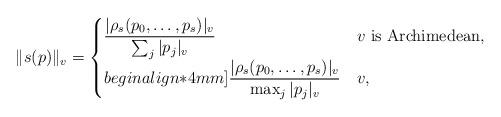
LaTeX: \begin{align*} \|s(p)\|_{v}=\begin{cases}\displaystyle{\frac{|\rho_{s}(p_{0},\dots, p_{s})|_{v}}{\sum_{j}|p_{j}|_{v}}} & v \text{ is Archimedean}, \\begin{align*}4mm]\displaystyle{\frac{|\rho_{s}(p_{0},\dots, p_{s})|_{v}}{\max_{j}|p_{j}|_{v}}} & v , \end{cases}\end{align*}